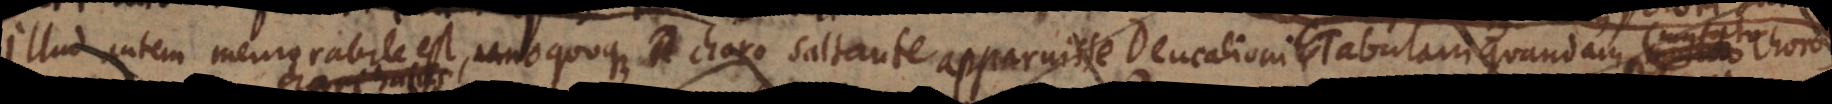
Illud autem memorabile est, unoquoque choro saltante apparuisse Deucalioni Tabulam quandam Musicam